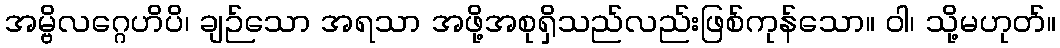
အမ္ဗိလဂ္ဂေဟိပိ၊ ချဉ်သော အရသာ အဖို့အစုရှိသည်လည်းဖြစ်ကုန်သော။ ဝါ၊ သို့မဟုတ်။